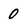
Character: 0